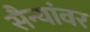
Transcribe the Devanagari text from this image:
सैन्यांवर